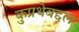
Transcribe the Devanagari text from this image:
कुप्रथेबद्दल